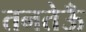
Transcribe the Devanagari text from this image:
तनतेऊँ